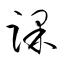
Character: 踝